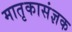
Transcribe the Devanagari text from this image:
मातृकासंज्ञक